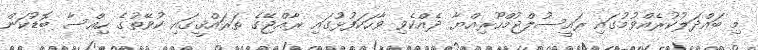
މި ބައްދަލުކުރެއްވުމުގައި ރައީސުލްޖުމްހޫރިއްޔާ ދެއްކެވި ވާހަކަފުޅުގައި ރާއްޖޭގެ ތަރައްޤީގައި ކުވޭތުގެ ހިއްސާ ބޮޑުކަން